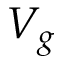
V _ { g }